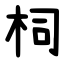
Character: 柌